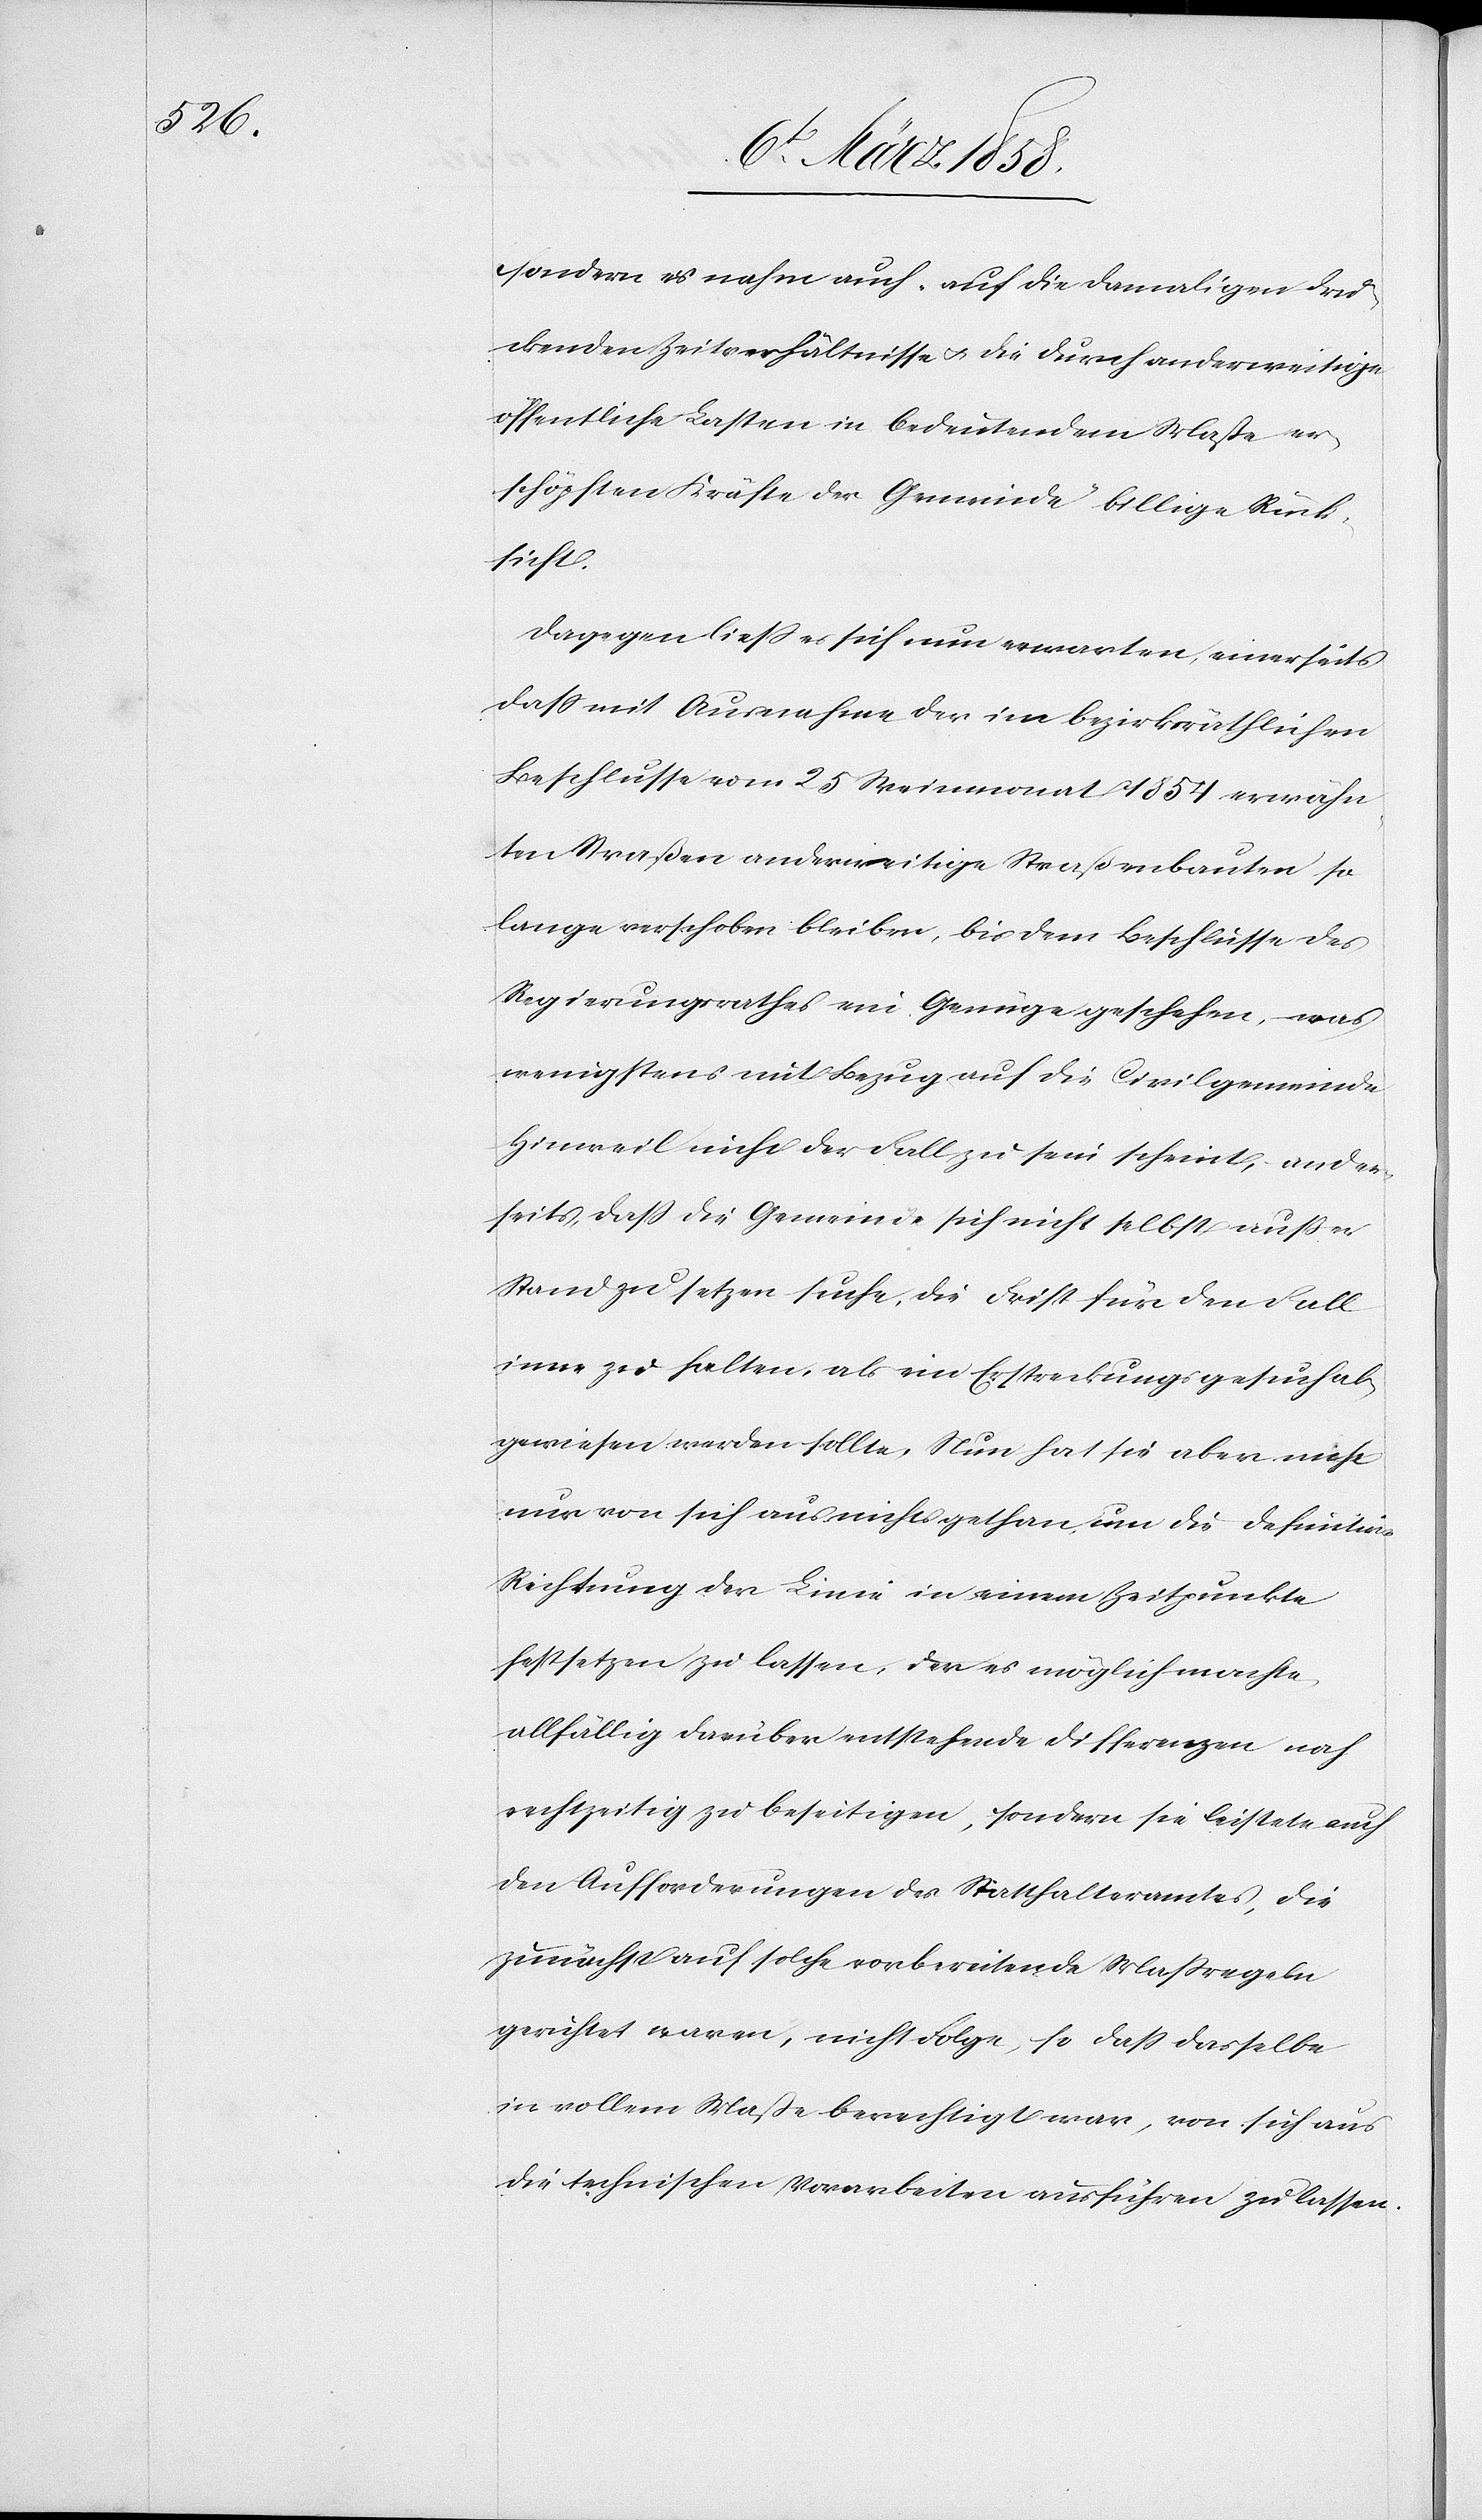
sondern er nahm auch auf die damaligen drü¬
ckenden Zeitverhältnisse u. die durch anderweitige
öffentliche Lasten in bedeutendem Maße er¬
schöpften Kräfte der Gemeinde billige Rück¬
sicht.
Dagegen ließ er sich nun erwarten, einerseits
daß mit Ausnahme der im bezirksräthlichen
Beschlusse vom 25. Weinmonat 1854 erwähn¬
ten Straßen anderweitige Straßenbauten so
lange verschoben bleiben, bis dem Beschlusse des
Regierungsrathes ein Genüge geschehen, was
wenigstens mit Bezug auf die Civilgemeinde
Hinweil nicht der Fall zu sein scheint, ander¬
seits, daß die Gemeinde sich nicht selbst außer
Rand zu setzen suche, die Frist für den Fall
inne zu halten, als ein Erstreckungsgesuch ab¬
gewiesen werden sollte. Nun hat sie aber nicht
nur von sich aus nichts gethan, um die definitive
Richtung der Linie in einem Zeitpunkte
festsetzen zu lassen, den es möglich machte,
allfällig darüber entstehende Differenzen noch
rechtzeitig zu beseitigen, sondern sie leistete auch
den Aufforderungen des Statthalteramtes, die
zunächst auf solche vorbereitende Maßregeln
gerichtet waren, nicht Folge, so daß dasselbe
in vollem Maße berechtigt war, von sich aus
die technischen Vorarbeiten ausführen zu lassen.